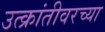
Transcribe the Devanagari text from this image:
उत्क्रांतीवरच्या